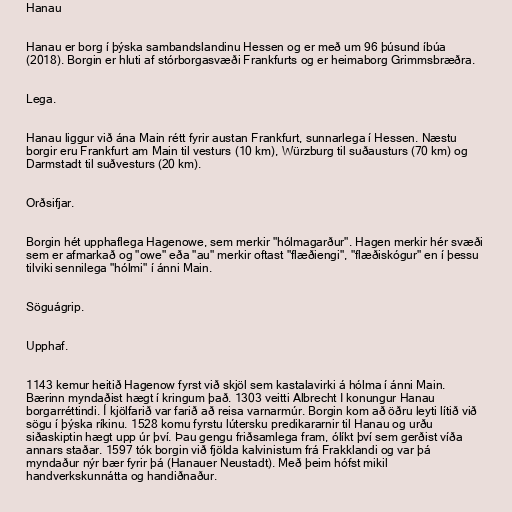
Hanau

Hanau er borg í þýska sambandslandinu Hessen og er með um 96 þúsund íbúa
(2018). Borgin er hluti af stórborgasvæði Frankfurts og er heimaborg Grimmsbræðra.

Lega.

Hanau liggur við ána Main rétt fyrir austan Frankfurt, sunnarlega í Hessen. Næstu
borgir eru Frankfurt am Main til vesturs (10 km), Würzburg til suðausturs (70 km) og
Darmstadt til suðvesturs (20 km).

Orðsifjar.

Borgin hét upphaflega Hagenowe, sem merkir "hólmagarður". Hagen merkir hér svæði
sem er afmarkað og "owe" eða "au" merkir oftast "flæðiengi", "flæðiskógur" en í þessu
tilviki sennilega "hólmi" í ánni Main.

Söguágrip.

Upphaf.

1143 kemur heitið Hagenow fyrst við skjöl sem kastalavirki á hólma í ánni Main.
Bærinn myndaðist hægt í kringum það. 1303 veitti Albrecht I konungur Hanau
borgarréttindi. Í kjölfarið var farið að reisa varnarmúr. Borgin kom að öðru leyti lítið við
sögu í þýska ríkinu. 1528 komu fyrstu lútersku predikararnir til Hanau og urðu
siðaskiptin hægt upp úr því. Þau gengu friðsamlega fram, ólíkt því sem gerðist víða
annars staðar. 1597 tók borgin við fjölda kalvinistum frá Frakklandi og var þá
myndaður nýr bær fyrir þá (Hanauer Neustadt). Með þeim hófst mikil
handverkskunnátta og handiðnaður.